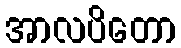
အာလပိတော